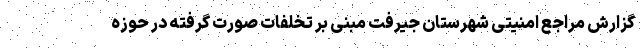
گزارش مراجع امنیتی شهرستان جیرفت مبنی بر تخلفات صورت گرفته در حوزه